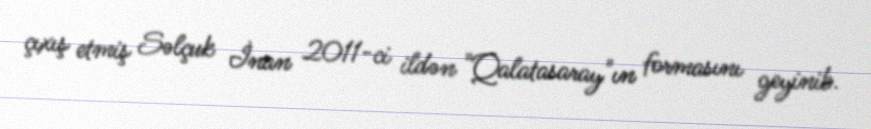
çıxış etmiş Səlçuk İnan 2011-ci ildən "Qalatasaray"ın formasını geyinib.